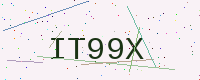
Text: IT99X